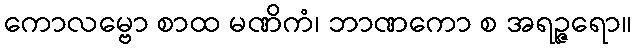
ကောလမ္ဗော စာထ မဏိကံ၊ ဘာဏကော စ အရဉ္ဇရော။